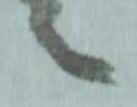
之